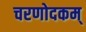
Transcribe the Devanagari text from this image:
चरणोदकम्